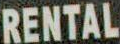
RENTAL